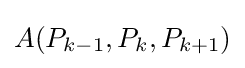
A(P_{k-1},P_{k},P_{k+1})